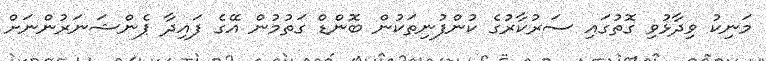
މަނިކު ވިދާޅުވި ގޮތުގައި ސަރުކާރުގެ ކުންފުނިތަކުން ބޮންޑް ގަތުމުން އޭގެ ފައިދާ ޕެންޝަނަރުންނަށް